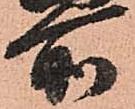
所